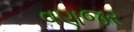
વણજર